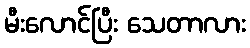
မီးလောင်ပြီး သေတာလား